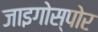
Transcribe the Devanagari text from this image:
जाइगोस्पोर